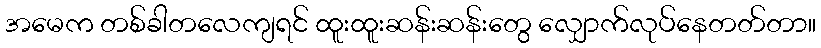
အမေက တစ်ခါတလေကျရင် ထူးထူးဆန်းဆန်းတွေ လျှောက်လုပ်နေတတ်တာ။